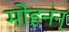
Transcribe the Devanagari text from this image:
मोहनन्